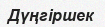
Дүңгіршек